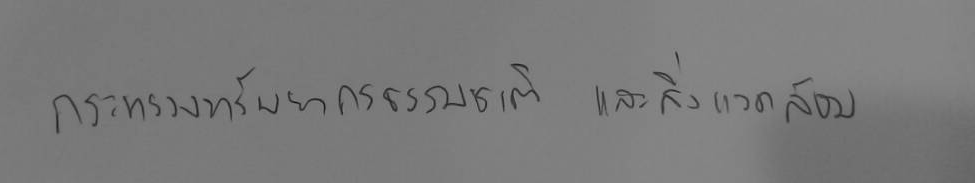
กระทรวงทรัพยากรธรรมชาติ และสิ่งแวดล้อม